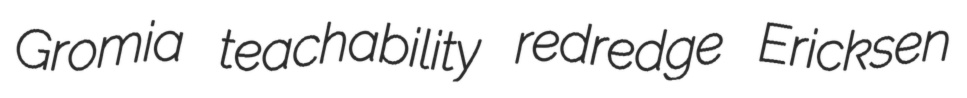
Gromia teachability redredge Ericksen